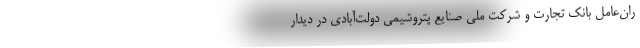
ران‌عامل بانک تجارت و شرکت ملی صنایع پتروشیمی دولت‌آبادی در دیدار